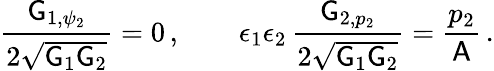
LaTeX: \frac{\mathsf{G}_{1,\psi_{2}}}{2\sqrt{\mathsf{G}_{1}\mathsf{G}_{2}}}=0\, ,\qquad\epsilon_{1}\epsilon_{2}\, \frac{\mathsf{G}_{2,p_{2}}}{2\sqrt{\mathsf{G}_{1}\mathsf{G}_{2}}}=\frac{p_{2}}{\mathsf{A}}\, .